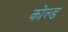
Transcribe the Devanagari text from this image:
कोल्‍ड